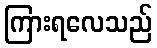
ကြားရလေသည်